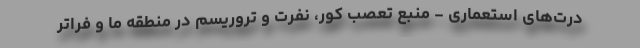
درت‌های استعماری - منبع تعصب کور، نفرت و تروریسم در منطقه ما و فراتر